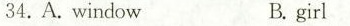
34.A.windowB. girl